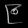
Digit: ၉